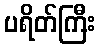
ပရိတ်ကြီး